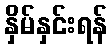
နှိမ်နှင်းရန်